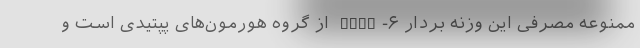
ممنوعه مصرفی این وزنه بردار GHRP-۶ از گروه هورمون‌های پپتیدی است و